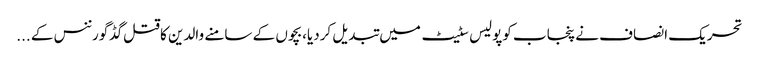
تحریک انصاف نے پنجاب کوپولیس سٹیٹ میں تبدیل کردیا،بچوں کے سامنے والدین کاقتل گڈگورننس کے ...